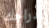
أدراجك